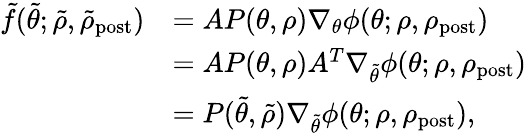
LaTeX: \begin{array}{rl}{\tilde{f}(\tilde{\theta};\tilde{\rho},\tilde{\rho}_{\mathrm{post}})}&{=AP(\theta,\rho)\nabla_{\theta}\phi(\theta;\rho,\rho_{\mathrm{post}})}\\ &{=AP(\theta,\rho)A^{T}\nabla_{\tilde{\theta}}\phi(\theta;\rho,\rho_{\mathrm{post}})}\\ &{=P(\tilde{\theta},\tilde{\rho})\nabla_{\tilde{\theta}}\phi(\theta;\rho,\rho_{\mathrm{post}}),}\end{array}